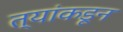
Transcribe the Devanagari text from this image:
त्यांकडून